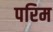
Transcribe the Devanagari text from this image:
परिम